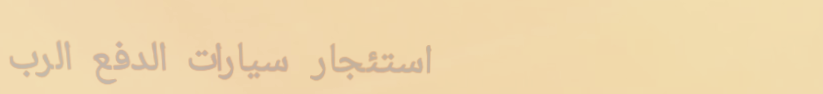
استئجار سيارات الدفع الرب